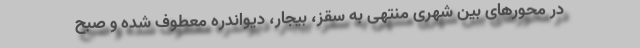
در محورهای بین شهری منتهی به سقز، بیجار، دیواندره معطوف شده و صبح